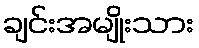
ချင်းအမျိုးသား